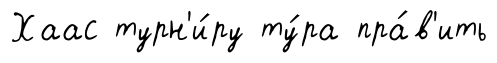
Хаас турн'и́ру ту́ра пра́в'ить